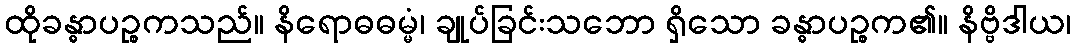
ထိုခန္ဓာပဉ္စကသည်။ နိရောဓဓမ္မံ၊ ချုပ်ခြင်းသဘော ရှိသော ခန္ဓာပဉ္စက၏။ နိဗ္ဗိဒါယ၊